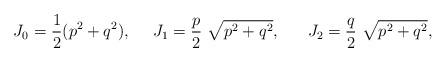
LaTeX: \begin{align*}J_0 = \frac{1}{2}(p^2 + q^2),~~~~J_1 = \frac{p}{2}~\sqrt{p^2 + q^2},~~~~~J_2 = \frac{q}{2}~\sqrt{p^2 + q^2},\end{align*}